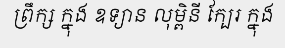
ព្រឹក្ស ក្នុង ឧទ្យាន លុម្ពិនី ក្បែរ ក្នុង